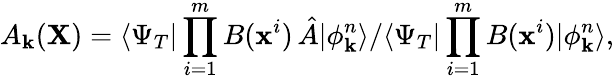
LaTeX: A_{\mathbf{k}}({\mathbf{X}})=\langle\Psi_{T}|\prod_{i=1}^{m}B(\textbf{{x}}^{i})\, \hat{{A}}|\phi_{\mathbf{k}}^{n}\rangle/\langle\Psi_{T}|\prod_{i=1}^{m}B(\textbf{{x}}^{i})|\phi_{\mathbf{k}}^{n}\rangle,